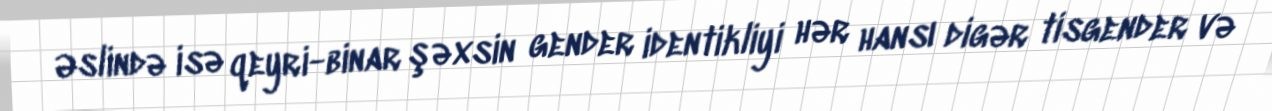
Əslində isə qeyri-binar şəxsin gender identikliyi hər hansı digər tisgender və